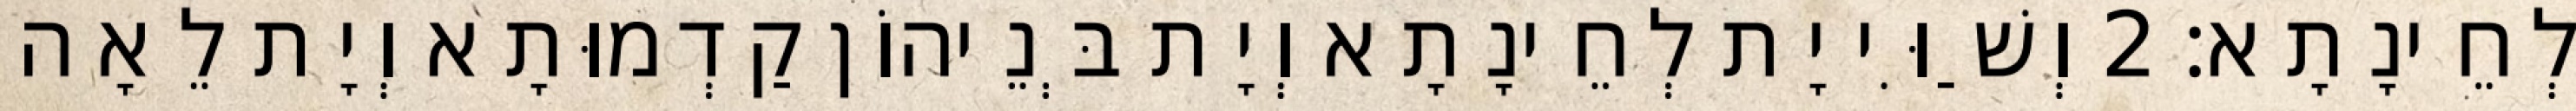
לְחֵינָתָא׃ 2 וְשַׁוִּי יָת לְחֵינָתָא וְיָת בְּנֵיהוֹן קַדְמוּתָא וְיָת לֵאָה